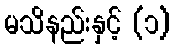
မသိနည်းနှင့် (၁)